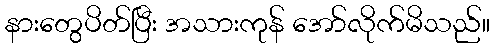
နားတွေပိတ်ပြီး အသားကုန် အော်လိုက်မိသည်။